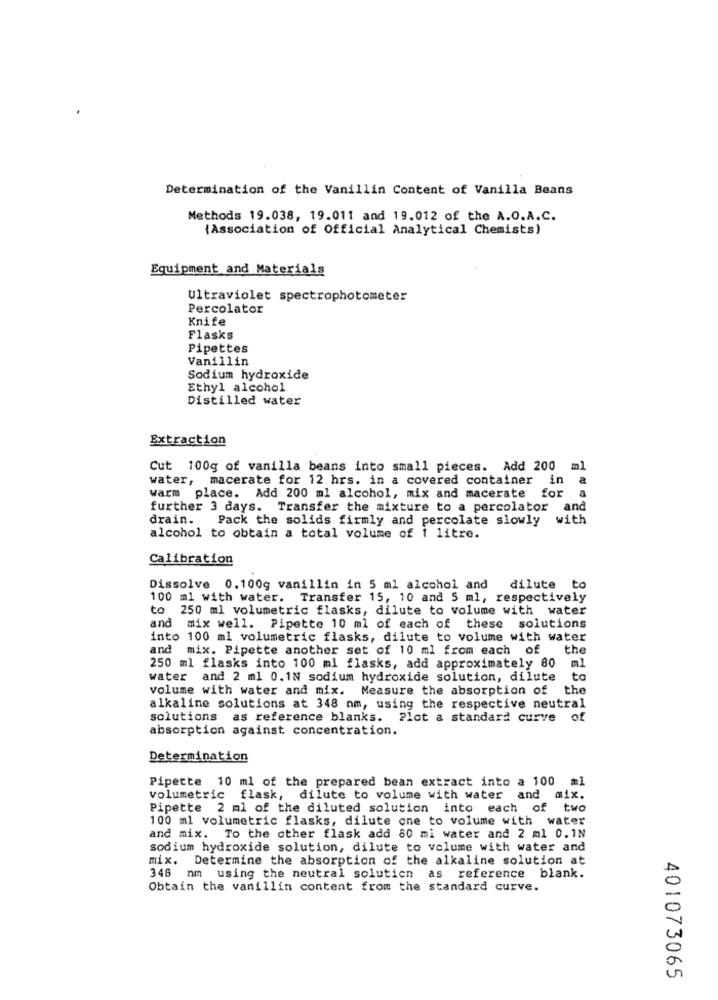
Determination of the Vanillin Content of Vanilla Beans
Methods 19.038, 19.011 and 19.012 of the A.O.A.C.
(Association of Official Analytical Chemists)
Equipment and Materials
Ultraviolet spectrophotometer
Percolator
Knife
Flasks
Pipettes
Vanillin
Sodium hydroxide
Ethyl alcohol
Distilled water
Extraction
Cut 100g of vanilla beans into small pieces. Add 200
water,
macerate for 12 hrs. in a covered container in
Warm
place. Add 200 ml alcohol, mix and macerate for
further 3 days. Transfer the mixture to a percolator
and
drain. Pack the solids firmly and percolate slowly
with
alcohol to obtain a total volume of 1 litre.
Calibration
Dissolve 0.100g vanillin in 5 ml alcohol and
dilute to
100 ml with water. Transfer 15, 10 and 5 ml, respectively
to 250 ml volumetric flasks, dilute to volume with water
and mix well. Pipette 10 ml of each of these solutions
into 100 ml volumetric flasks, dilute to volume with water
and mix. Pipette another set of 10 ml from each of
the
ml
250 ml flasks into 100 ml flasks, add approximately 80
water and 2 ml 0.1N sodium hydroxide solution, dilute
to
volume with water and mix. Measure the absorption of the
alkaline solutions at 348 nm, using the respective neutral
solutions as reference blanks. Plot a standard curve of
absorption against concentration.
Determination
Pipette 10 ml of the prepared bean extract into a 100 ml
volumetric flask, dilute to volume with water and mix.
Pipette 2 ml of the diluted solution into each of two
100 ml volumetric flasks, dilute one to volume with water
and mix. To the other flask add 80 mi water and 2 ml 0.1N
sodium hydroxide solution, dilute to volume with water and
mix. Determine the absorption of the alkaline solution at
348 nm using the neutral solution as reference blank.
Obtain the vanillin content from the standard curve.
401073065